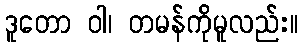
ဒူတော ဝါ၊ တမန်ကိုမူလည်း။